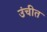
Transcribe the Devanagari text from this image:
उंचीत